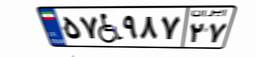
۵۸W۰۴۱۶۱